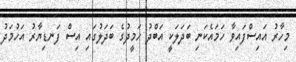
މިހާރު އައިސްފައިވާ ހަމައެކަނި ބަދަލަކީ އަބްދު ހަމީދުގެ ބަދަލުގައި އިސް ފަނޑިޔާރު އަހުމަދު